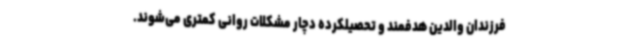
فرزندان والدین هدفمند و تحصیلکرده دچار مشکلات روانی کمتری می‌شوند.